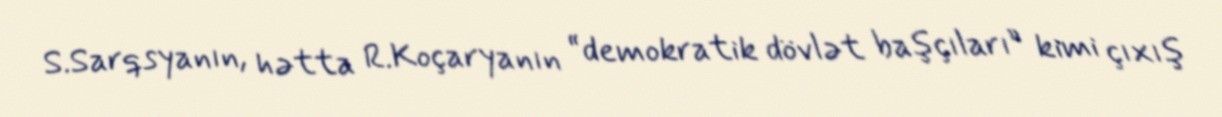
S.Sarqsyanın, hətta R.Koçaryanın “demokratik dövlət başçıları” kimi çıxış